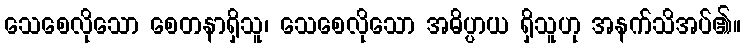
သေစေလိုသော စေတနာရှိသူ၊ သေစေလိုသော အဓိပ္ပာယ ရှိသူဟု အနက်သိအပ်၏။